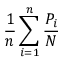
{ \frac { 1 } { n } } \sum _ { i = 1 } ^ { n } { \frac { P _ { i } } { N } } \,